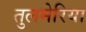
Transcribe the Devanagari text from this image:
तुलमेरिया